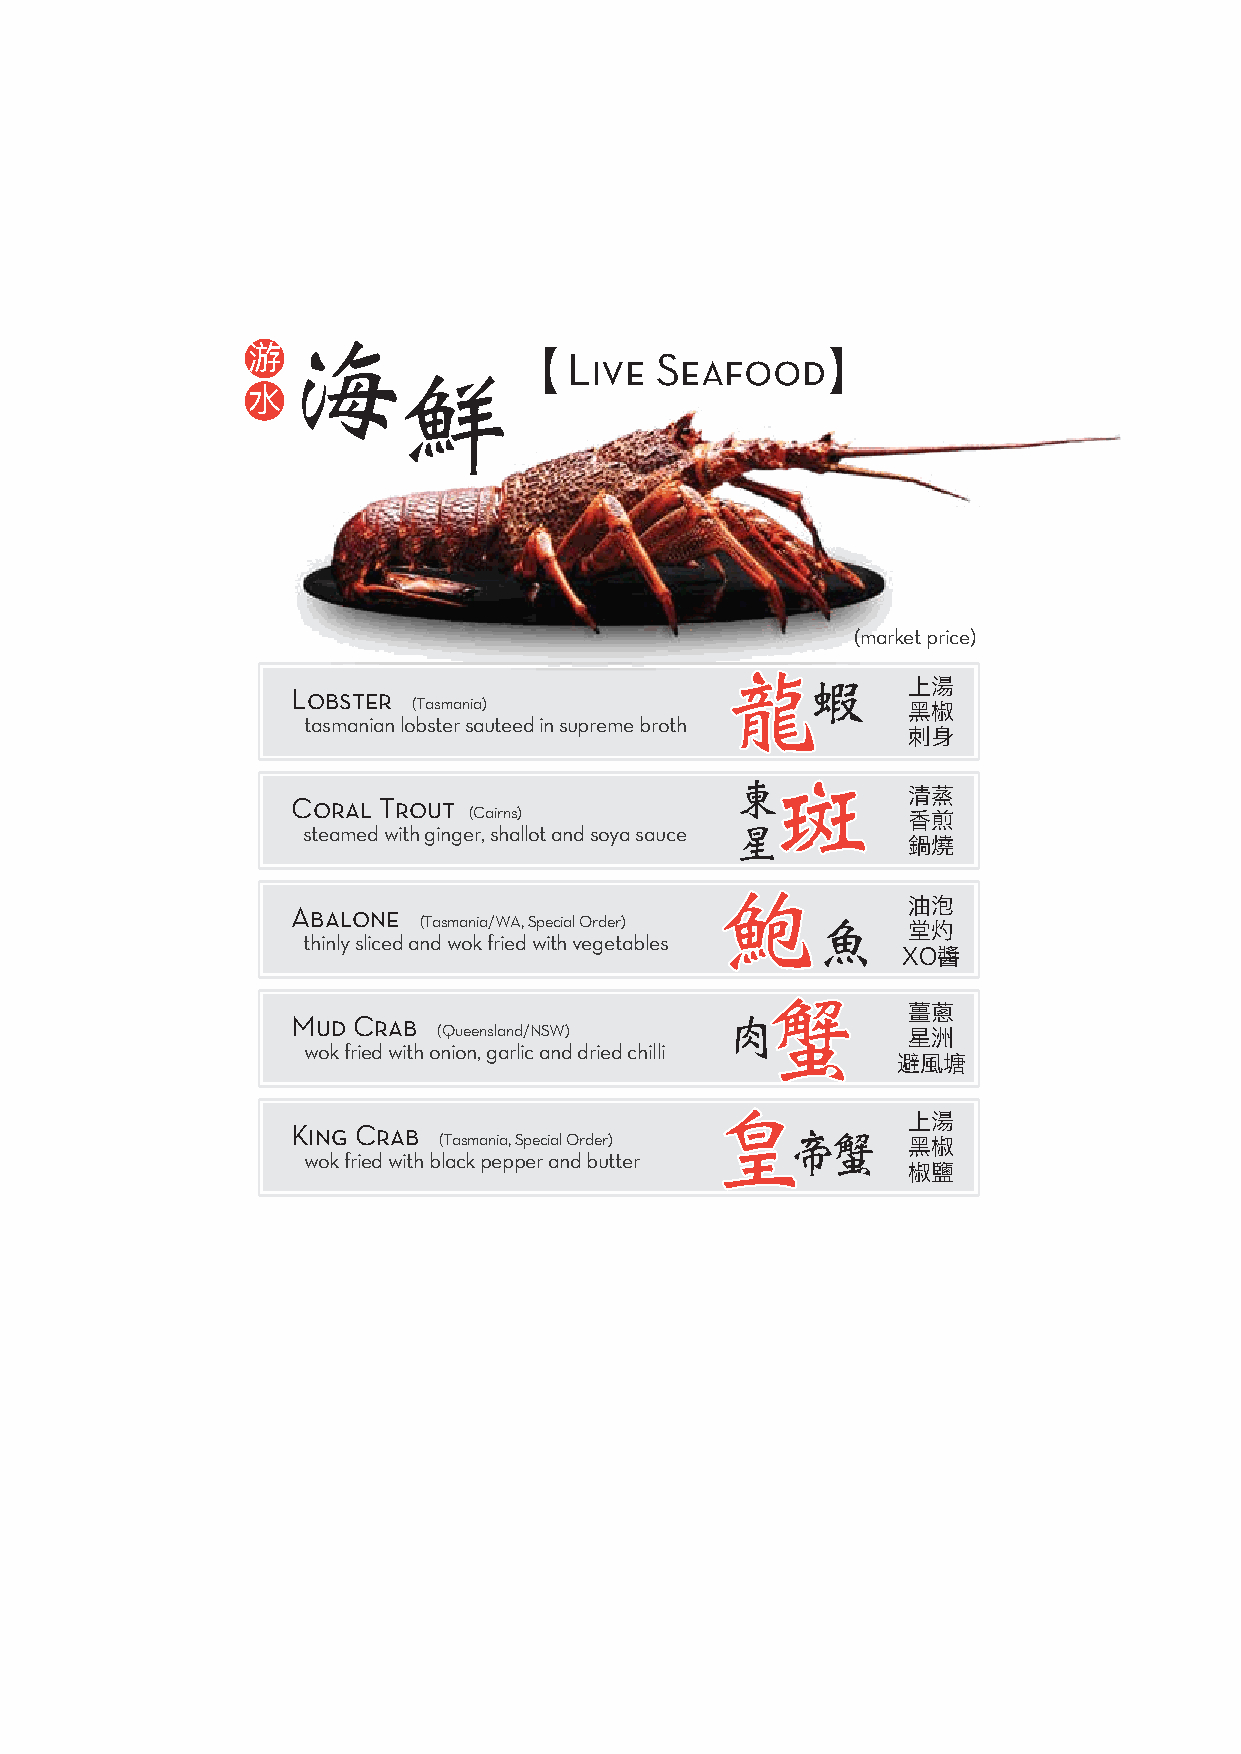
海
 游                     Live Seafood
 鮮
 水
 (market price)
 龍龍
 蝦     上湯
 Lobster
 (Tasmania)                       黑椒
 tasmanian lobster sauteed in supreme broth
 刺身
 東斑斑
 清蒸
 Coral Trout
 (Cairns)                     香煎
 steamed with ginger, shallot and soya sauce 星
 鍋燒
 鮑鮑
 油泡
 Abalone
 (Tasmania/WA, Special Order) 魚
 堂灼
 thinly sliced and wok fried with vegetables
 XO醬
 蟹蟹
 薑蔥
 Mud Crab                     肉
 (Queensland/NSW)               星洲
 wok fried with onion, garlic and dried chilli
 避風塘
 皇皇
 上湯
 King Crab (Tasmania, Special Order) 帝蟹   黑椒
 wok fried with black pepper and butter
 椒鹽